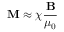
\mathbf { M } \approx \chi { \frac { \mathbf { B } } { \mu _ { 0 } } }